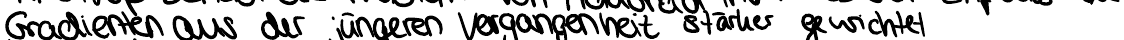
Gradienten aus der jüngeren Vergangenheit stärker gewichtet